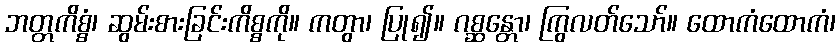
ဘတ္တကိစ္စံ၊ ဆွမ်းစားခြင်းကိစ္စကို။ ကတွာ၊ ပြု၍။ ဂစ္ဆန္တော၊ ကြွလတ်သော်။ ထောကံထောကံ၊